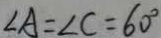
\angle A = \angle C = 6 0 ^ { \circ }